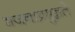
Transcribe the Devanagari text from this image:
भजनाप्रमुन्नते